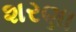
શરણા